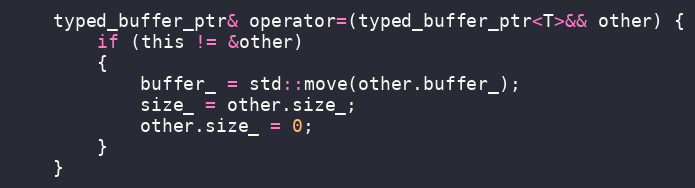
Language: C
	typed_buffer_ptr& operator=(typed_buffer_ptr<T>&& other) {
		if (this != &other)
		{
			buffer_ = std::move(other.buffer_);
			size_ = other.size_;
			other.size_ = 0;
		}
	}